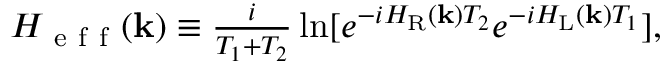
\begin{array} { r } { { \cal H } _ { \mathrm { ~ e ~ f ~ f ~ } } ( { \bf k } ) \equiv \frac { i } { T _ { 1 } + T _ { 2 } } \ln [ e ^ { - i { \cal H } _ { \mathrm { R } } ( { \bf k } ) T _ { 2 } } e ^ { - i { \cal H } _ { \mathrm { L } } ( { \bf k } ) T _ { 1 } } ] , } \end{array}